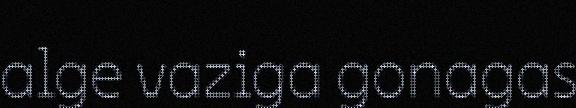
alge vaziga gonagas